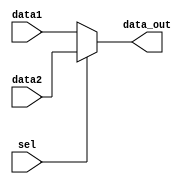
module mux(
			input sel,
			input [3:0] data1,data2,
			output[3:0] data_out);
	assign data_out=(sel==0)?data1:data2;
endmodule